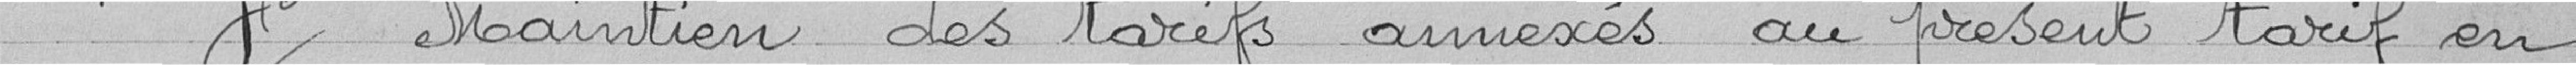
4° Maintien des tarifs annexés au présent tarif en